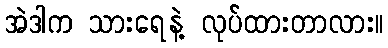
အဲဒါက သားရေနဲ့ လုပ်ထားတာလား။